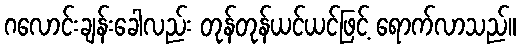
ဂလောင်းချန်းခေါလည်း တုန်တုန်ယင်ယင်ဖြင့် ရောက်လာသည်။